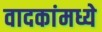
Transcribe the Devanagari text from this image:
वादकांमध्ये